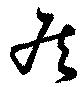
居